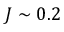
J \sim 0 . 2